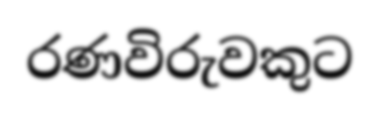
රණවිරුවකුට